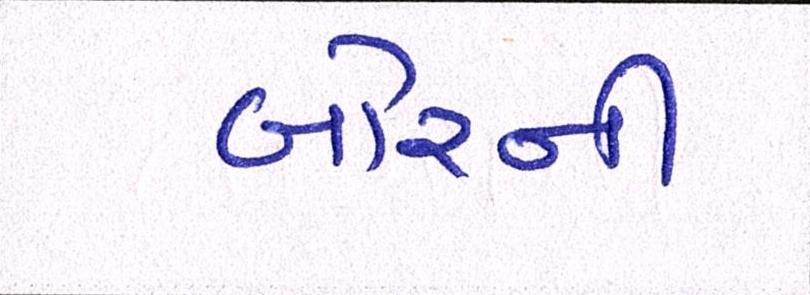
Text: બોરની